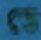
ডে